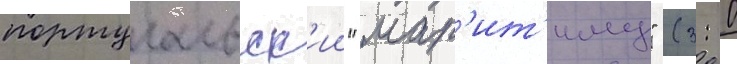
португальск'ии "мар'ит'иму" (3: 0